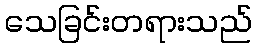
သေခြင်းတရားသည်